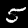
Digit: 5